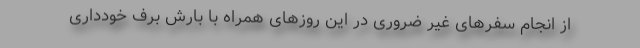
از انجام سفرهای غیر ضروری در این روزهای همراه با بارش برف خودداری